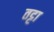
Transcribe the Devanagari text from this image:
तट्टा